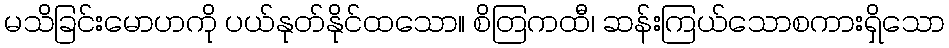
မသိခြင်းမောဟကို ပယ်နုတ်နိုင်ထသော။ စိတြကထီ၊ ဆန်းကြယ်သောစကားရှိသော